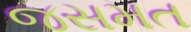
જસમત